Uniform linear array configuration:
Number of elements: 32
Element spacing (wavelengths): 0.25
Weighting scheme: blackman
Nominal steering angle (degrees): -30
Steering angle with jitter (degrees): -31.88
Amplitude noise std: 0.05
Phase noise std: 0.05

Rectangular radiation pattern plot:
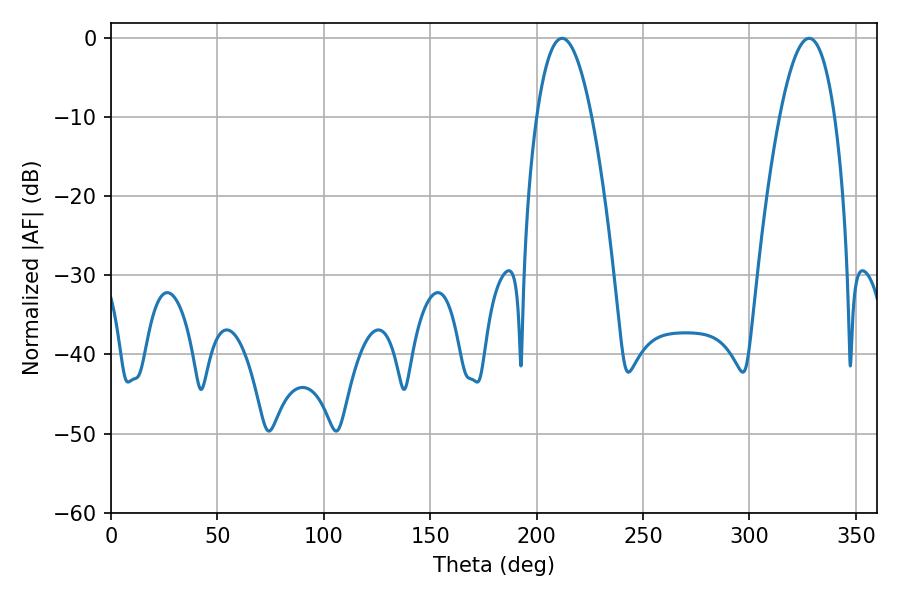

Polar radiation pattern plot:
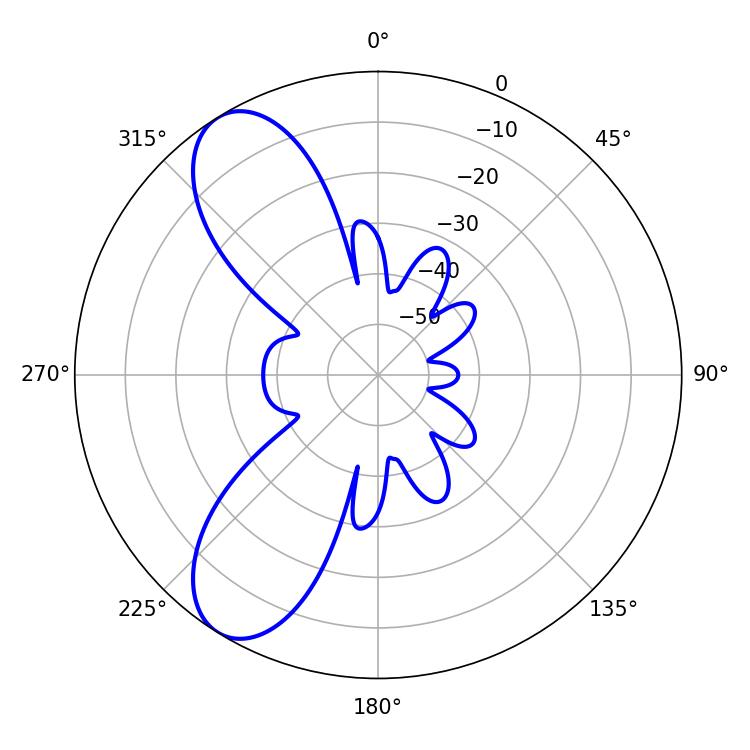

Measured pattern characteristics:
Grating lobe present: FALSE
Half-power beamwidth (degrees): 14.22
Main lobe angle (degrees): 212.04